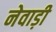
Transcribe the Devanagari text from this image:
नेवाड़ी